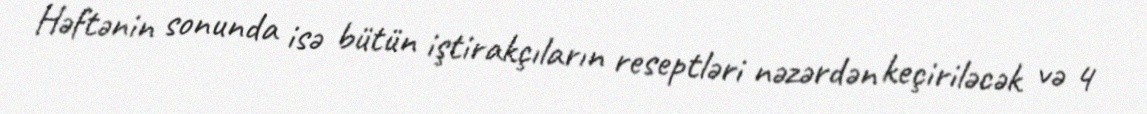
Həftənin sonunda isə bütün iştirakçıların reseptləri nəzərdən keçiriləcək və 4